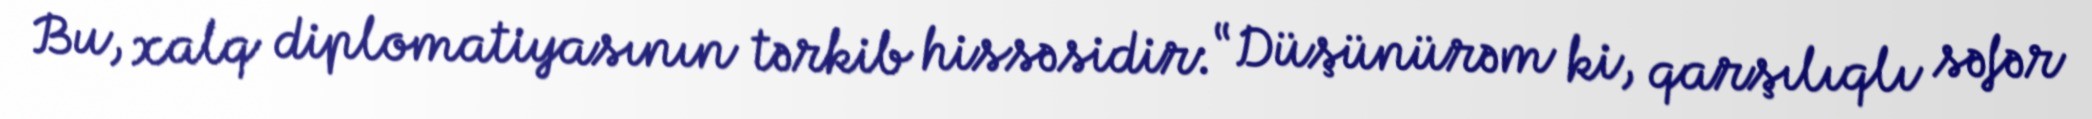
Bu, xalq diplomatiyasının tərkib hissəsidir: “Düşünürəm ki, qarşılıqlı səfər